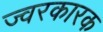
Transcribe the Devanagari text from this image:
ज्‍वरकारक